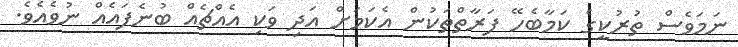
ނަމަވެސް ތުރުކީގެ ކަމާބެހޭ ފަރާތްތަކުން އެކަމަށް އަދި ވަކި އެއްޗެއް ބުނެފައެއް ނުވެއެވެ.